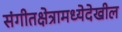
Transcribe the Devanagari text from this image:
संगीतक्षेत्रामध्येदेखील